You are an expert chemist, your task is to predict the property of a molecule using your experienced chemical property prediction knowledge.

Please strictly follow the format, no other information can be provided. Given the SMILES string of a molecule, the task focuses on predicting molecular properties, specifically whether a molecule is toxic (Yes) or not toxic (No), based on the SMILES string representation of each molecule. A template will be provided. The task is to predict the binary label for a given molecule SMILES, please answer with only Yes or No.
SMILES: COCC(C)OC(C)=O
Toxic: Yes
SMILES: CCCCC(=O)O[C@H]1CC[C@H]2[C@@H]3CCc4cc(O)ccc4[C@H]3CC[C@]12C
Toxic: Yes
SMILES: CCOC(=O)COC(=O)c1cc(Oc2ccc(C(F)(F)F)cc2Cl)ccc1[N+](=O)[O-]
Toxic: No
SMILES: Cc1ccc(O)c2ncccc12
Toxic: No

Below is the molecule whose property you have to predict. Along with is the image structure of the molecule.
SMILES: CCCCCCCCCBr
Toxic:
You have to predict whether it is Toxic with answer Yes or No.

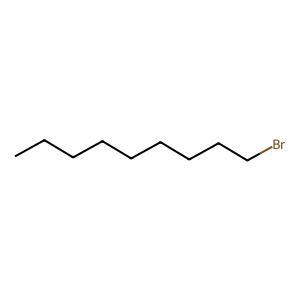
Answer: No